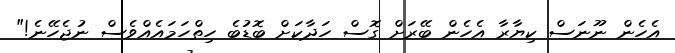
އެހެން ނޫނަސް ކިޔާރާ އެހެން ބޭރަށް ގޮސް ހަދާކަށް ބޮޑުބެ ހިތްހަމައެއްވެސް ނުޖެހޭނެ!"